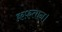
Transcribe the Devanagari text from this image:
क़फ़तान।